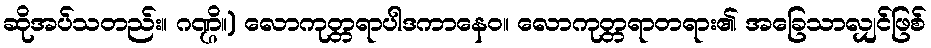
ဆိုအပ်သတည်း။ ဂဏ္ဌိ။) လောကုတ္တရာပါဒကာနေဝ။ လောကုတ္တရာတရား၏ အခြေသာလျှင်ဖြစ်